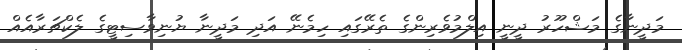
މަދީނާގެ މަޝްހޫރު ދީނީ އިލްމުވެރިންގެ ތެރޭގައި ހިމެނޭ އަދި މަދީނާ ޔުނިވާސިޓީގެ ލެކްޗަރާއެއް